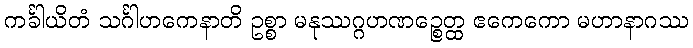
ကင်္ခါယိတံ သင်္ဂါဟကေနာတိ ဥစ္စာ မနုဿဂ္ဂဟဏဉ္စေတ္ထ ဧကေကော မဟာနာဂဿ